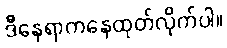
ဒီနေရာကနေထုတ်လိုက်ပါ။